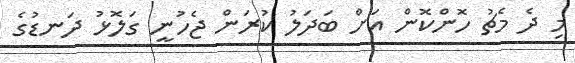
މި ދެ މެޗު ހޮންކޮން އަށް ބަދަލު ކުރަން ޖެހުނީ ގަލޮޅު ދަނޑުގެ